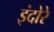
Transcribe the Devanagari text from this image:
इंदोरे